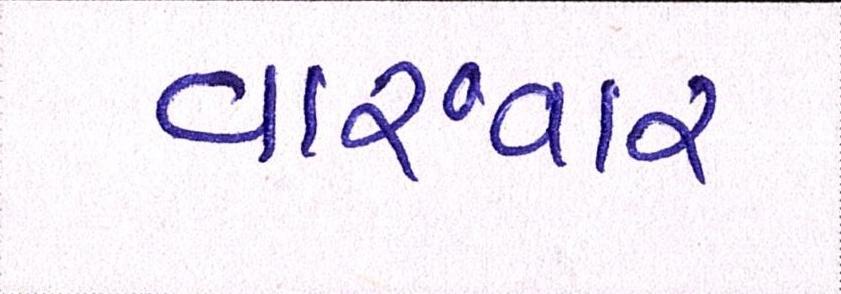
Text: વારંવાર